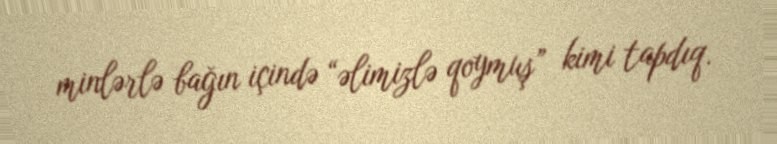
minlərlə bağın içində “əlimizlə qoymuş” kimi tapdıq.